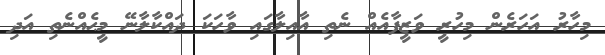
މިހާރު އަހަރެން މިހުރީ ވަޒީފާއެއް ނެތި އާއިލާގައި ވާހަކަ ދައްކާލާނޭ މީޙެއްނެތި އަދި